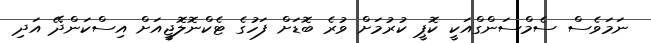
ނަމަވެސް ސެމްސަންގްއަކީ ކޮޕީ ކުރުމަށް ވުރެ ބޮޑަށް ފަހުގެ ޓެކްނޮލޮޖީއަށް އިސްކަންދޭ އަދި